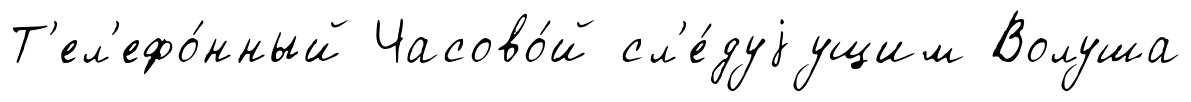
Т'ел'ефо́нный Часово́й сл'е́дуjущим Волуша